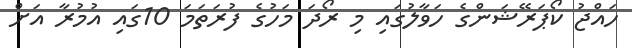
ހައްޖު ކޯޕަރޭޝަންގެ ހަވާލުގައި މި ރޯދަ މަހުގެ ފުރަތަމަ 10ގައި އުމުރާ އަށް